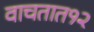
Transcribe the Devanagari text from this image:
वाचतात१२